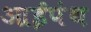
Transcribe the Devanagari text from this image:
आईपंथ